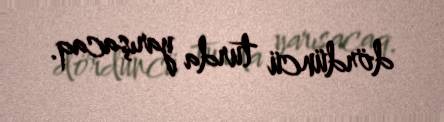
dördüncü turda yarışacaq.